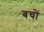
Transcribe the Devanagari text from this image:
बचों